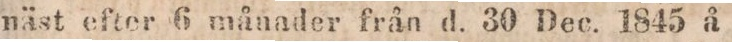
näst efter 6 månader från d. 30 Dec. 1845 å